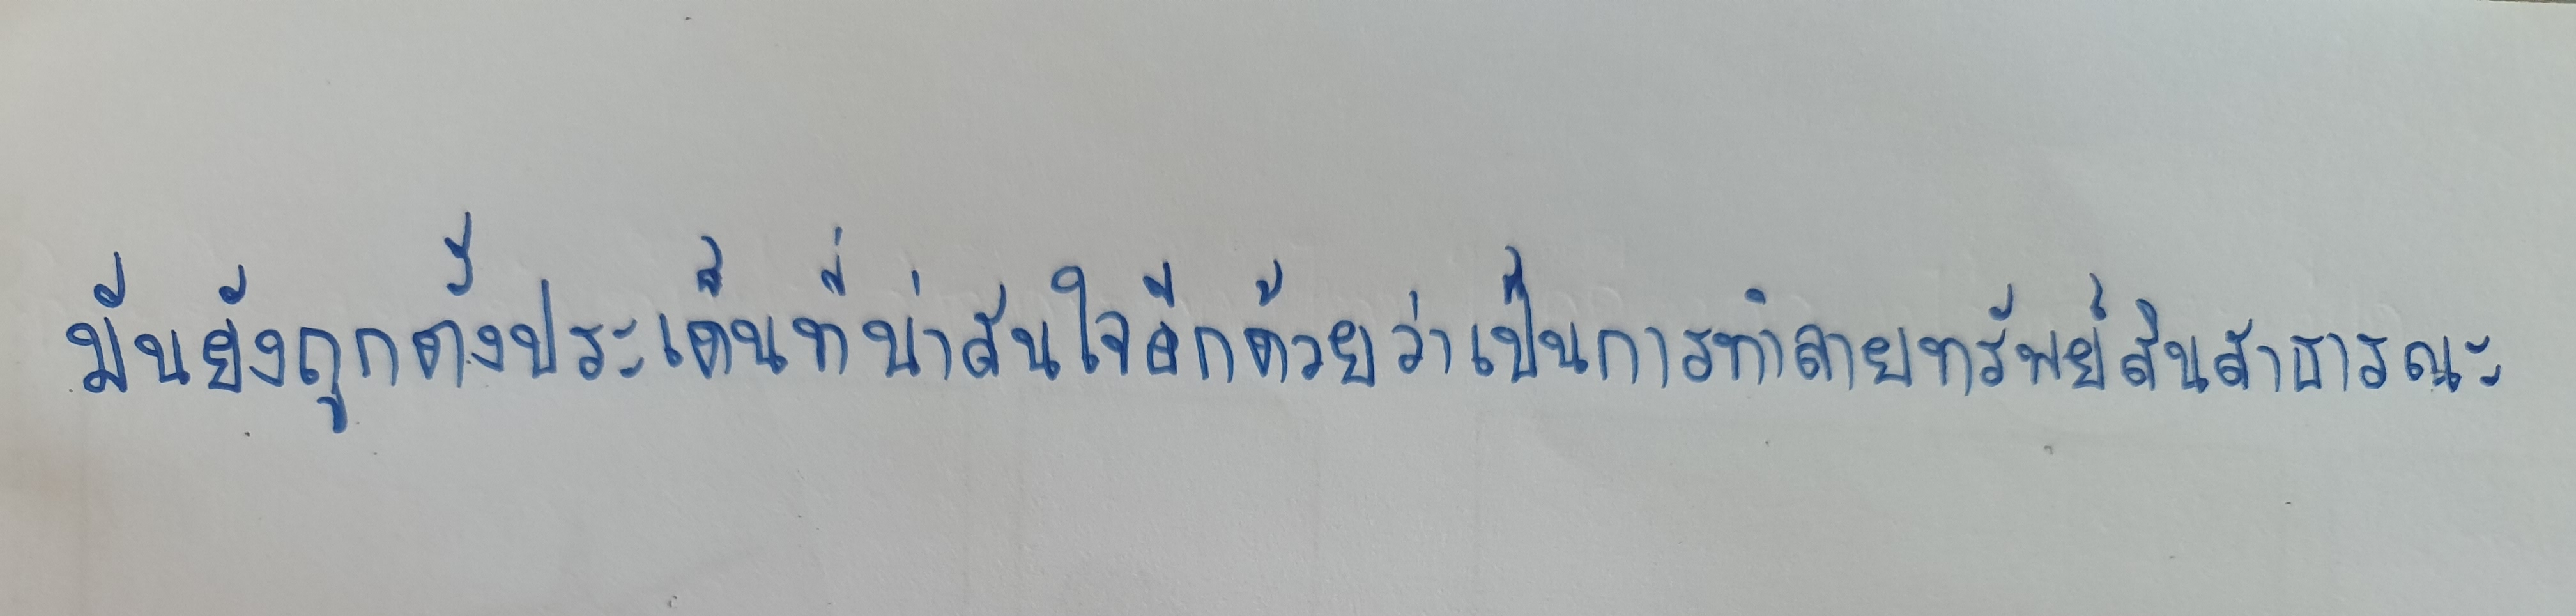
มันยังถูกตั้งประเด็นที่น่าสนใจอีกด้วยว่าเป็นการทำลายทรัพย์สินสาธารณะ